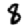
Digit: 8